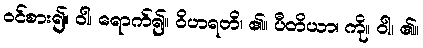
ဝင်စား၍။ ဝါ၊ ရောက်၍။ ဝိဟရတိ၊ ၏။ ပီတိယာ၊ ကို။ ဝါ၊ ၏။